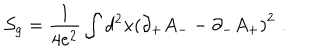
LaTeX: { \cal S } _ { g } = { \frac { 1 } { 4 e ^ { 2 } } } \int d ^ { 2 } x \left( \partial _ { + } A _ { - } - \partial _ { - } A _ { + } \right) ^ { 2 } \, \, .